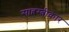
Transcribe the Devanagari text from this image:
साहस्त्रीकार